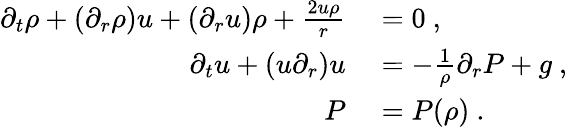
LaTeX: \begin{array}{rl}{\partial_{t}\rho+(\partial_{r}\rho)u+(\partial_{r}u)\rho+\frac{2u\rho}{r}}&{{}=0\ ,}\\ {\partial_{t}u+(u\partial_{r})u}&{{}=-\frac{1}{\rho}\partial_{r}P+g\ ,}\\ {P}&{{}=P(\rho)\ .}\end{array}